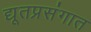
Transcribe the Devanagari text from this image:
द्यूतप्रसंगात